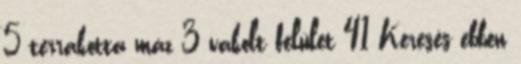
5 terrakotta máz 3 vakolt felület 41 Keresés ebben